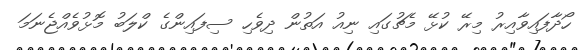
ހޯދާފައިވާއިރު މިރޭ ކުޅޭ މެޗުގައި ނިއު އަތުން ދިވެހި ސިފައިންގެ ކްލަބު މޮޅުވެއްޖެނަމަ